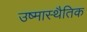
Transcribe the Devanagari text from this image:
उष्मास्थैतिक